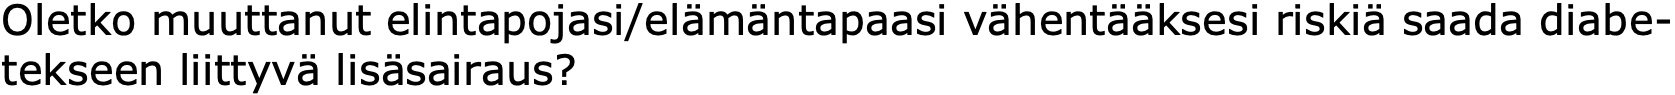
Oletko muuttanut elintapojasi/elämäntapaasi vähentääksesi riskiä saada diabe- tekseen liittyvä lisäsairaus?